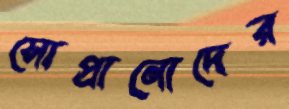
সোপ্রানোদের